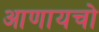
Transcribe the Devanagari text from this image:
आणायचो